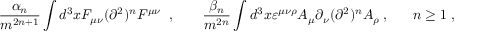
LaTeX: \frac { \alpha _ { n } } { m ^ { 2 n + 1 } } \int d ^ { 3 } x F _ { \mu \nu } ( \partial ^ { 2 } ) ^ { n } F ^ { \mu \nu } \; \; , \; \; \; \; \; \; \; \frac { \beta _ { n } } { m ^ { 2 n } } \int d ^ { 3 } x \varepsilon ^ { \mu \nu \rho } A _ { \mu } \partial _ { \nu } ( \partial ^ { 2 } ) ^ { n } A _ { \rho } \; , \; \; \; \; \; \; n \geq 1 \; ,